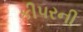
કીપરની